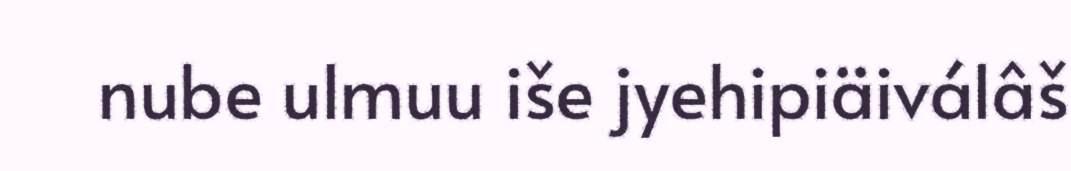
nube ulmuu iše jyehipiäiválâš